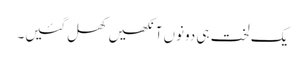
یک لخت ہی دونوں آنکھیں کھل گئیں۔